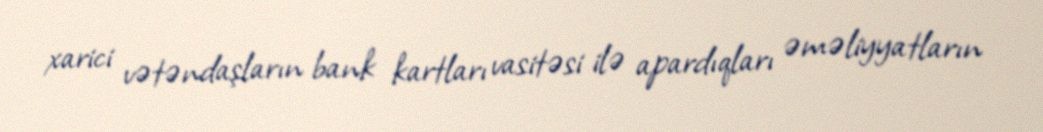
xarici vətəndaşların bank kartları vasitəsi ilə apardıqları əməliyyatların